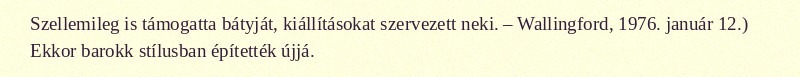
Szellemileg is támogatta bátyját, kiállításokat szervezett neki. – Wallingford, 1976. január 12.) Ekkor barokk stílusban építették újjá.